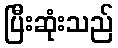
ပြီးဆုံးသည်